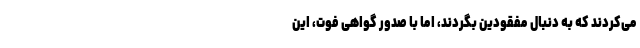
می‌کردند که به‌ دنبال مفقودین بگردند، اما با صدور گواهی فوت، این